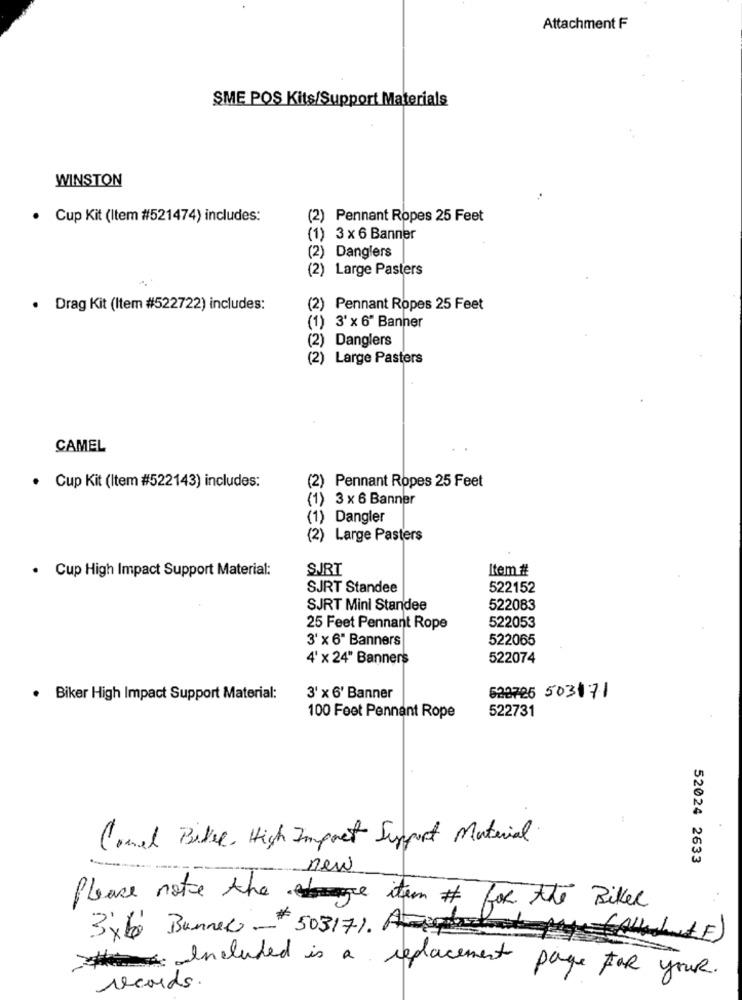
Attachment F
SME POS Kits/Support Materials
WINSTON
· Cup Kit (Item #521474) includes:
(2) Pennant Ropes 25 Feet
) 3 × 6 Banner
(2) Danglers
(2) Large Pasters
· Drag Kit (Item #522722) includes:
(2) Pennant Ropes 25 Feet
(1) 3' x 6" Banner
(2) Danglers
(2) Large Pasters
CAMEL
· Cup Kit (Item #522143) includes:
(2) Pennant Ropes 25 Feet
(1) 3 x 6 Banner
) Dangler
(2) Large Pasters
JEEN
. Cup High Impact Support Material:
SURT
Item #
SJRT Standee
522152
SJRT Mini Standee
522083
25 Feet Pennant Rope
522053
3' x 6" Banners
522065
4' x 24" Banners
522074
· Biker High Impact Support Material:
3' x 6' Banner
622725 503171
522731
100 Feet Pennant Rope
Come Bike . High Impact Support Material
52024 2633
new
Please note the item # for the Bike
3x 6 Bunner -503171. August
Included is a replacement page FOR your.
records.